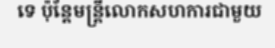
ទេ ប៉ុន្តែមន្ត្រីលោកសហការជាមួយ